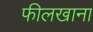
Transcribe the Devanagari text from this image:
फीलखाना